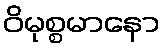
ဝိမုစ္စမာနော